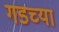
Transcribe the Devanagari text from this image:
गडच्या